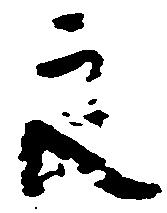
良